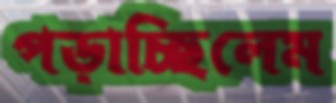
পড়াচ্ছিলেম